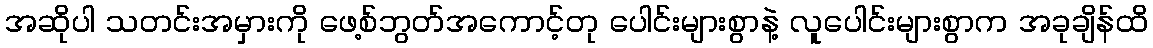
အဆိုပါ သတင်းအမှားကို ဖေ့စ်ဘွတ်အကောင့်တု ပေါင်းများစွာနဲ့ လူပေါင်းများစွာက အခုချိန်ထိ